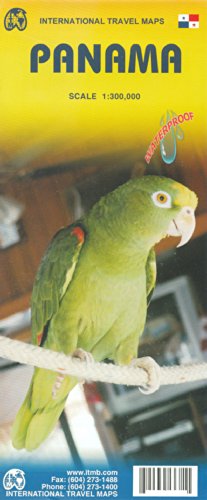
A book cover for Panama 1:300,000 Travel Map & Panama City; ITM Canada; Travel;